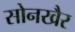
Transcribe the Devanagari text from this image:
सोनखैर